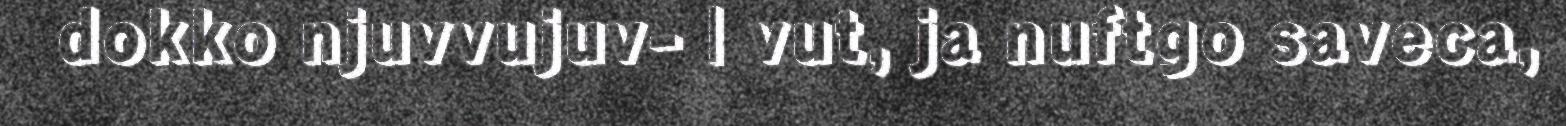
dokko njuvvujuv- | vut, ja nuftgo saveca,